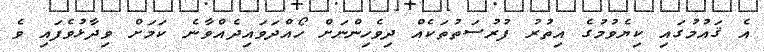
އެ ޤައުމުގައި ކިޔެވުމުގެ އިތުރު ފުރުސަތުތަކެއް ދިވެހިންނަށް ހޯއްދަވައިދެއްވާނެ ކަމަށް ވިދާޅުވެފައި ވެ